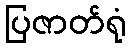
ပြဇာတ်ရုံ